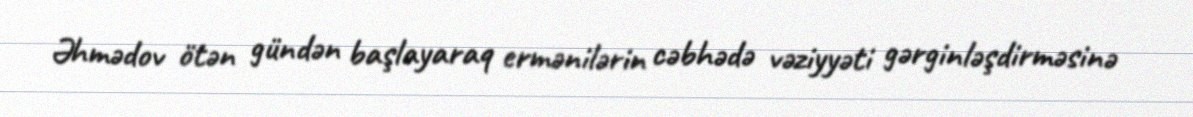
Əhmədov ötən gündən başlayaraq ermənilərin cəbhədə vəziyyəti gərginləşdirməsinə